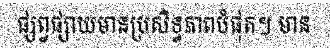
ផ្សព្វផ្សាយមានប្រសិទ្ធភាពបំផុត។ មាន